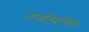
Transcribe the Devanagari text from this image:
उप्सलिएन्सिस